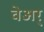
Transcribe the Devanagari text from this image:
वेअर्